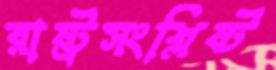
রাষ্ট্রসংশ্লিষ্ট